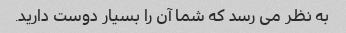
به نظر می رسد که شما آن را بسیار دوست دارید.